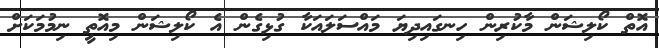
އޮތް ކޯލިޝަން މާކުރިން ހިނގައިދިޔަ މައްސަލައަކާ ގުޅިގެން އެ ކޯލިޝަން މިއޮތީ ނިމުމަކަށް